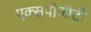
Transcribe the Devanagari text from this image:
एक्सपीजीटी